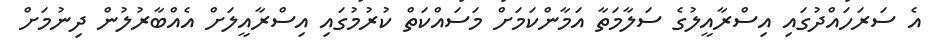
އެ ސަރަހައްދުގައި އިސްރާއީލުގެ ސަލާމަތާ އަމާންކަމަށް މަސައްކަތް ކުރުމުގައި އިސްރާއީލަށް އެއްބާރުލުން ދިނުމަށް